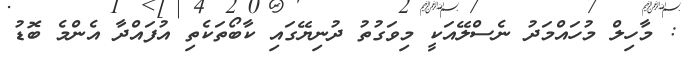
: މާހިލް މުހައްމަދު ނެސްލޭއަކީ މިވަގުތު ދުނިޔޭގައި ކާބޯތަކެތި އުފައްދާ އެންމެ ބޮޑު